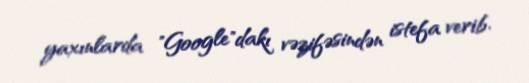
yaxınlarda "Google"dakı vəzifəsindən istefa verib.